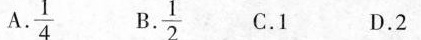
A\frac{1}{4} B\frac{1}{2} C.1 D.2